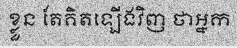
ខ្លួន តែគិតឡើងវិញ ថាអ្នក